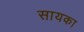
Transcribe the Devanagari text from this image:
सायका